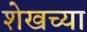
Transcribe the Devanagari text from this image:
शेखच्या